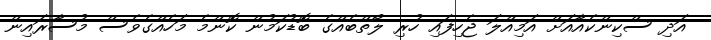
އަދި ސްކިންކެއާއަށް އަމިއްލަ ޖެހިފައި ހުރި ލޯތްބެއްގެ ބޮޑުކަމުން ކޮންމެ މަހެއްގެވެސް މުސާރައިން